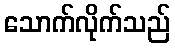
သောက်လိုက်သည်